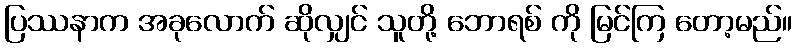
ပြဿနာက အခုလောက် ဆိုလျှင် သူတို့ ဘောရစ် ကို မြင်ကြ တော့မည်။